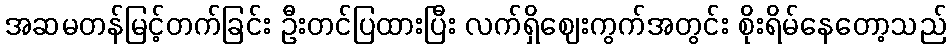
အဆမတန်မြင့်တက်ခြင်း ဦးတင်ပြထားပြီး လက်ရှိဈေးကွက်အတွင်း စိုးရိမ်နေတော့သည်